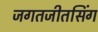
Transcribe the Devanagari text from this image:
जगतजीतसिंग